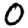
Digit: 0